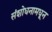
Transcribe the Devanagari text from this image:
संशोधनामधून